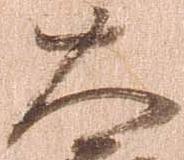
大